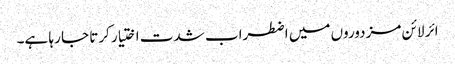
ائر لائن مزدوروں میں اضطراب شدت اختیار کرتا جا رہا ہے۔